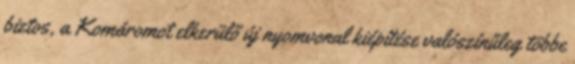
biztos, a Komáromot elkerülő új nyomvonal kiépítése valószínűleg többe